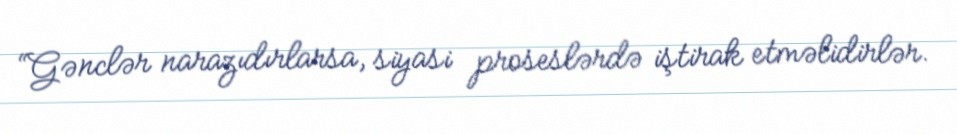
“Gənclər narazıdırlarsa, siyasi proseslərdə iştirak etməlidirlər.